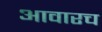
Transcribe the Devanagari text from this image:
आवारच